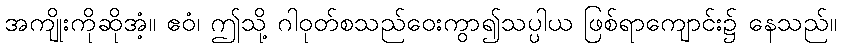
အကျိုးကိုဆိုအံ့။ ဧဝံ၊ ဤသို့ ဂါဝုတ်စသည်ဝေးကွာ၍သပ္ပါယ ဖြစ်ရာကျောင်း၌ နေသည်။